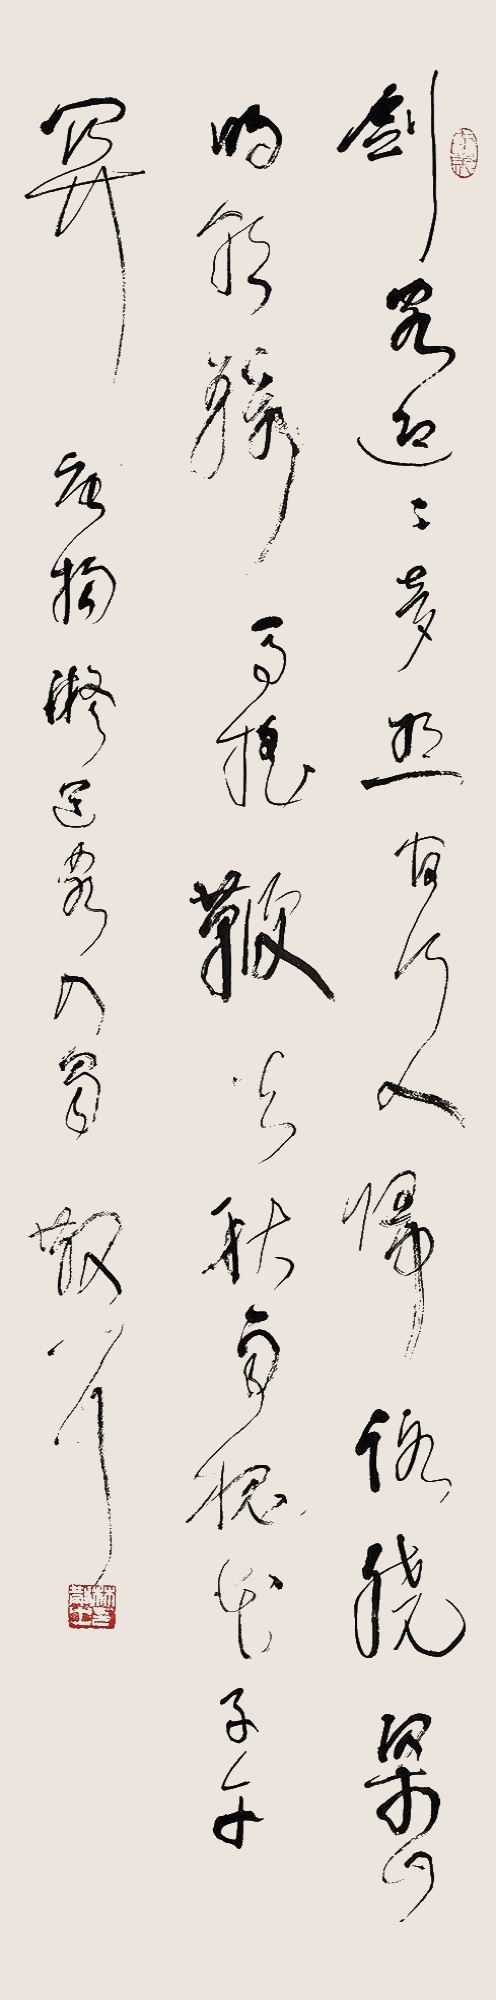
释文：剑阁迢迢梦想间，行人归路绕梁山。明朝骑马摇鞭去，秋雨槐花子午关。唐杨凝送客入蜀，散耳。